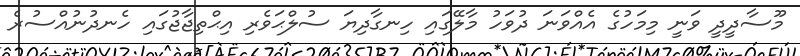
މޫސާދީދީ ވަނީ މިމަހުގެ އެއްވަނަ ދުވަހު މާލޭގައި ހިނގާދިޔަ ސުލްޙަވެރި އިޙްތިޖާޖުގައި ހެނދުނުއްސުރެ